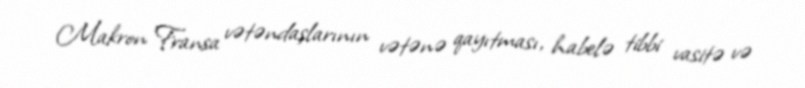
Makron Fransa vətəndaşlarının vətənə qayıtması, habelə tibbi vasitə və